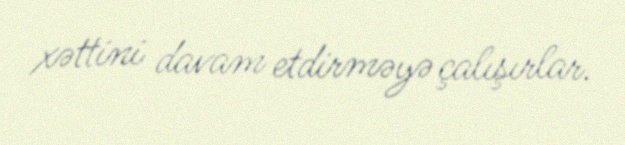
xəttini davam etdirməyə çalışırlar.